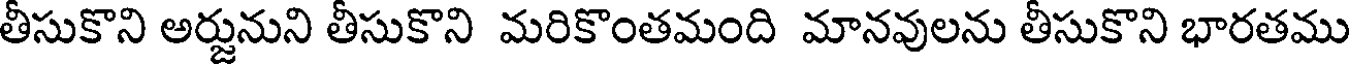
తీసుకొని అర్జునుని తీసుకొని మరికొంతమంది మానవులను తీసుకొని భారతము